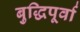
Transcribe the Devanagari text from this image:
बुद्धिपूर्वा